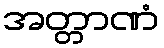
အတ္တာဏံ